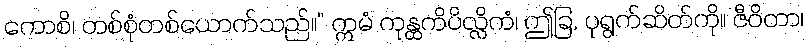
ကောစိ၊ တစ်စုံတစ်ယောက်သည်။” ဣမံ ကုန္ထကိပိလ္လိကံ၊ ဤခြ, ပုရွက်ဆိတ်ကို။ ဇီဝိတာ၊